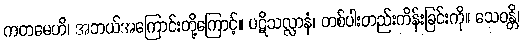
ကတမေဟိ၊ အဘယ်အကြောင်းတို့ကြောင့်။ ပဋိသလ္လာနံ၊ တစ်ပါးတည်းကိန်းခြင်းကို။ သေဝန္တိ၊